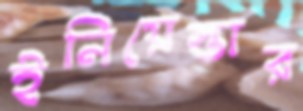
ইনিয়েস্তার